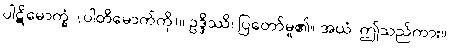
ပါဋိမောက္ခံ၊ (ပါတိမောက်ကို)။ ဥဒ္ဒိဿိ၊ ပြတော်မူ၏။ အယံ၊ ဤသည်ကား။